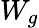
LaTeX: W_{g}